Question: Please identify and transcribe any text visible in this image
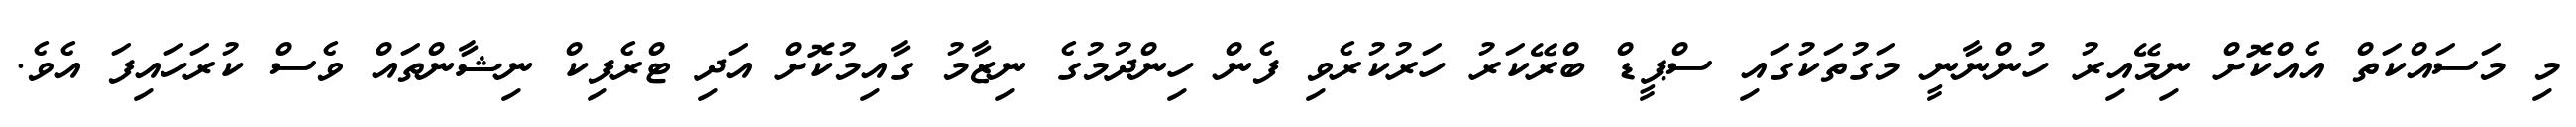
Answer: މި މަސައްކަތް އެއްކޮށް ނިމޭއިރު ހުންނާނީ މަގުތަކުގައި ސްޕީޑް ބްރޭކަރު ހަރުކުރެވި ފެން ހިންދުމުގެ ނިޒާމު ގާއިމުކޮށް އަދި ޓްރެފިކް ނިޝާންތައް ވެސް ކުރަހައިފަ އެވެ.